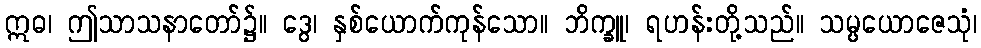
ဣဓ၊ ဤသာသနာတော်၌။ ဒွေ၊ နှစ်ယောက်ကုန်သော။ ဘိက္ခူ၊ ရဟန်းတို့သည်။ သမ္ပယောဇေသုံ၊